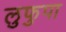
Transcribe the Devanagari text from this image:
लुफुपा